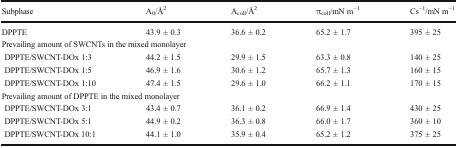
| Subphase | A0/Å2 | Acoll/Å2 | πcoll/mN m−1 | Cs−1/mN m−1 |
 | --- | --- | --- | --- | --- |
 | DPPTE | 43.9 ± 0.3 | 36.6 ± 0.2 | 65.2 ± 1.7 | 395 ± 25 |
 | <COLSPAN=5> Prevailing amount of SWCNTs in the mixed monolayer |
 | DPPTE/SWCNT-DOx 1:3 | 44.2 ± 1.5 | 29.9 ± 1.5 | 63.3 ± 0.8 | 140 ± 25 |
 | DPPTE/SWCNT-DOx 1:5 | 46.9 ± 1.6 | 30.6 ± 1.2 | 65.7 ± 1.3 | 160 ± 15 |
 | DPPTE/SWCNT-DOx 1:10 | 47.4 ± 1.5 | 29.6 ± 1.0 | 66.2 ± 1.1 | 170 ± 15 |
 | <COLSPAN=5> Prevailing amount of DPPTE in the mixed monolayer |
 | DPPTE/SWCNT-DOx 3:1 | 43.4 ± 0.7 | 36.1 ± 0.2 | 66.9 ± 1.4 | 430 ± 25 |
 | DPPTE/SWCNT-DOx 5:1 | 44.9 ± 0.2 | 36.3 ± 0.8 | 66.0 ± 1.7 | 360 ± 10 |
 | DPPTE/SWCNT-DOx 10:1 | 44.1 ± 1.0 | 35.9 ± 0.4 | 65.2 ± 1.2 | 375 ± 25 |